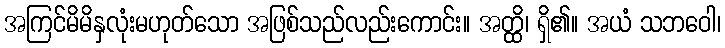
အကြင်မိမိနှလုံးမဟုတ်သော အဖြစ်သည်လည်းကောင်း။ အတ္ထိ၊ ရှိ၏။ အယံ သဘဝေါ၊